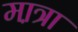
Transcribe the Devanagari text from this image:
मा़त्रा